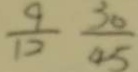
\frac { 9 } { 1 2 } \frac { 3 0 } { 4 5 }